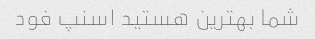
شما بهترین هستید اسنپ فود